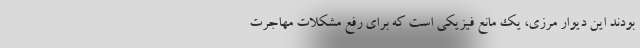
بودند این دیوار مرزی، یک مانع فیزیکی است که برای رفع مشکلات مهاجرت